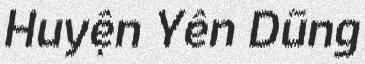
Huyện Yên Dũng